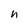
Character: n